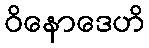
ဝိနောဒေဟိ